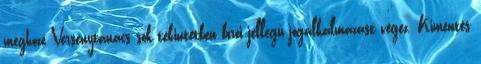
meghozó Versenytanács sok tekintetben bírói jellegű jogalkalmazást végez. Kimentés